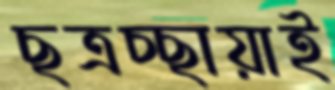
ছত্রচ্ছায়াই